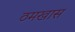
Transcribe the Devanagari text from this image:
ठमखास